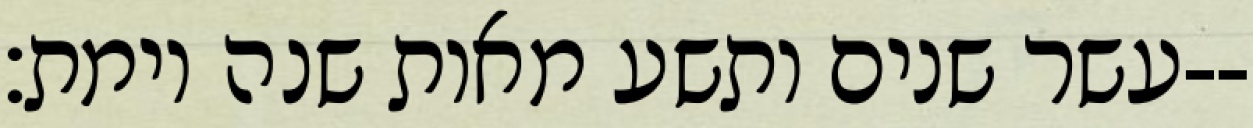
עשר שנים ותשע מאות שנה וימת׃--